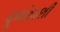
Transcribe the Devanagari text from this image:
दुष्यंताशी